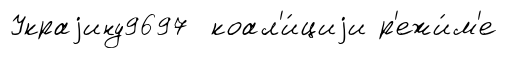
Украjину9697 коал'и́циjи р'ежи́м'е